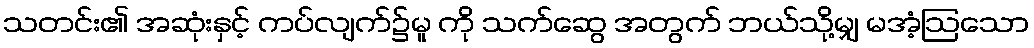
သတင်း၏ အဆုံးနှင့် ကပ်လျက်၌မူ ကို သက်ဆွေ အတွက် ဘယ်သို့မျှ မအံ့ဩသော